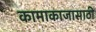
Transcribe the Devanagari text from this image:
कामाकाजासाठी